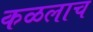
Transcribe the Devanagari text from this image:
कळलाच